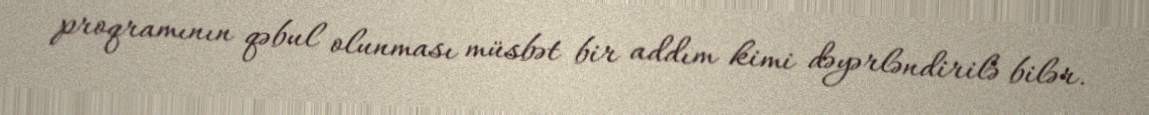
proqramının qəbul olunması müsbət bir addım kimi dəyərləndirilə bilər.